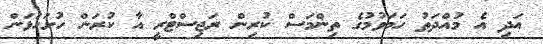
އަދި އެ މުއްދަތު ހަމަވުމުގެ ތިންމަސް ކުރިން ރަޖިސްޓްރީ އާ ކުރަން ހުށަހަޅަން